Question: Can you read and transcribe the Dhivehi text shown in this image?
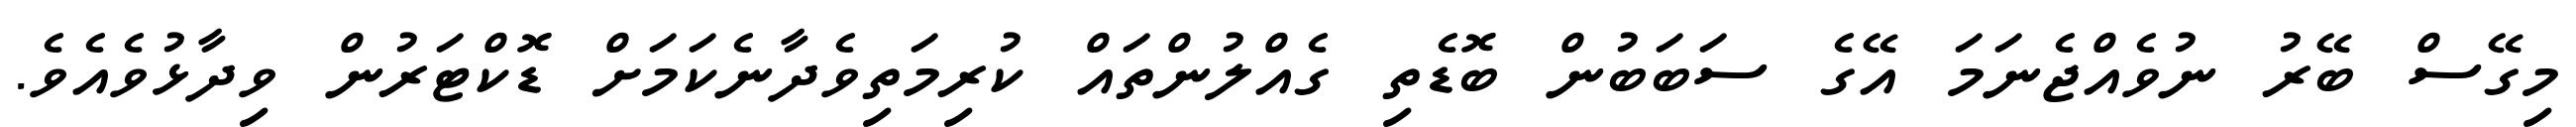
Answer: މިގޭސް ބޭރު ނުވެއްޖެނަމަ އޭގެ ސަބަބުން ބޮޑެތި ގެއްލުންތައް ކުރިމަތިވެދާނެކަމަށް ޑޮކްޓަރުން ވިދާޅުވެއެވެ.